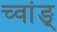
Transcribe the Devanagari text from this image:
च्वांङ्